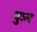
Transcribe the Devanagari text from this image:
पुःन